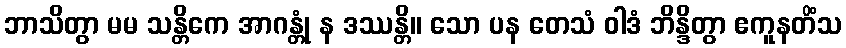
ဘာသိတွာ မမ သန္တိကေ အာဂန္တုံ န ဒဿန္တိ။ သော ပန တေသံ ဝါဒံ ဘိန္ဒိတွာ ဧကူနတိံသ